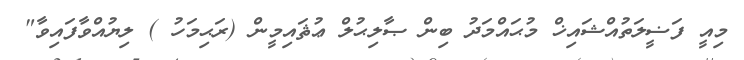
މިއީ ފަޟީލަތުއްޝައިޚް މުޙައްމަދު ބިން ޞާލިޙުލް ޢުޘައިމީން (ރަޙިމަހު ) ލިޔުއްވާފައިވާ"